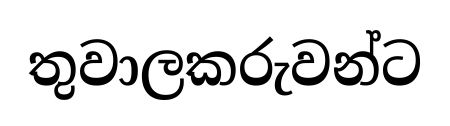
තුවාලකරුවන්ට